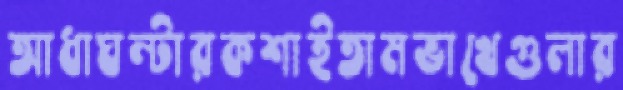
আধাঘন্টারকশাইতামভাখেগুলার